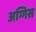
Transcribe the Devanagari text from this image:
अग्गिस